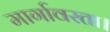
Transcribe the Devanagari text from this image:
मार्गावरता।